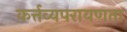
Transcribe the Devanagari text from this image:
कर्त्तव्यपरायणता